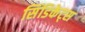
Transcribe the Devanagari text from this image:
सिंडिकेट्स